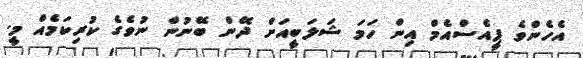
އެހެންވެ ޕީއެސްއެމް އިން ހަމަ ޝަލަބީއަށް ދޭން ބޭނުން ނުވެގެ ކުރިކަމެއް މީ.